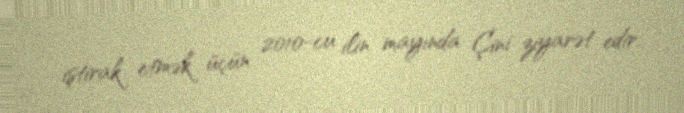
iştirak etmək üçün 2010-cu ilin mayında Çini ziyarət edir.